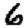
Digit: 6